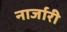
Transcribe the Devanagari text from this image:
नार्जारी